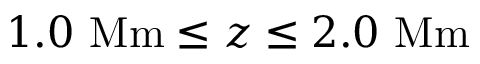
1 . 0 \ \mathrm { M m } \le z \le 2 . 0 \ \mathrm { M m }